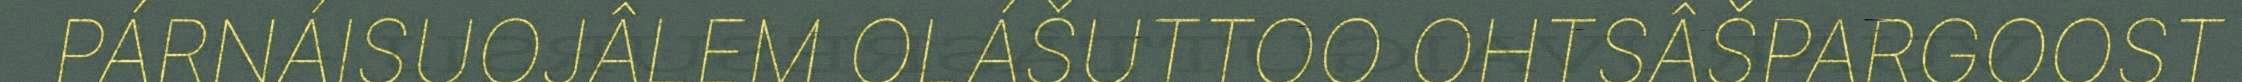
PÁRNÁISUOJÂLEM OLÁŠUTTOO OHTSÂŠPARGOOST